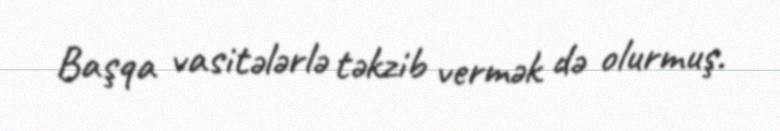
Başqa vasitələrlə təkzib vermək də olurmuş.